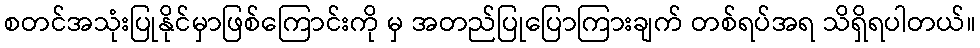
စတင်အသုံးပြုနိုင်မှာဖြစ်ကြောင်းကို မှ အတည်ပြုပြောကြားချက် တစ်ရပ်အရ သိရှိရပါတယ်။